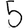
Digit: 5